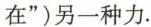
在”)另一种力.